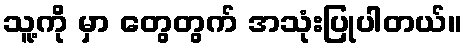
သူ့ကို မှာ တွေတွက် အသုံးပြုပါတယ်။